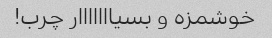
خوشمزه و بسیااااااار چرب!